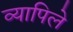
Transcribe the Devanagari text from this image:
व्यापिले